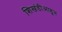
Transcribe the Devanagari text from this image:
शिखंडीआडून